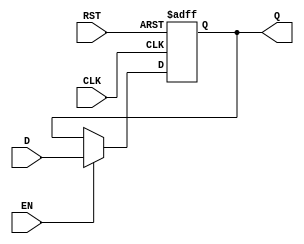
module output_register (
    input wire D,        // Data Input
    input wire CLK,      // Clock Input
    input wire EN,       // Enable Signal
    input wire RST,      // Reset Signal (active high)
    output reg Q         // Data Output
);

// Synchronous operation with reset
always @(posedge CLK or posedge RST) begin
    if (RST) begin
        Q <= 1'b0;      // Reset the output to 0
    end else if (EN) begin
        Q <= D;         // Update the output with the input data
    end
    // If EN is not asserted, Q retains its previous value
end

endmodule